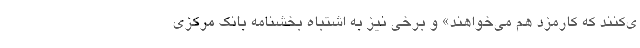
ی‌کنند که کارمزد هم می‌خواهند» و برخی نیز به اشتباه بخشنامه بانک مرکزی